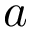
a